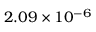
2 . 0 9 \times 1 0 ^ { - 6 }